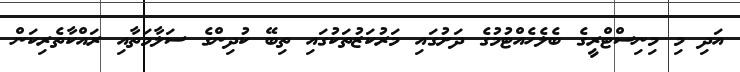
އަދި މި މިނިސްޓްރީގެ ބެލެހެއްޓުމުގެ ދަށުގައި މަރުކަޒުތަކުގައި ތިބޭ ކުދިންގެ ސަލާމަތާއި ރައްކާތެރިކަން